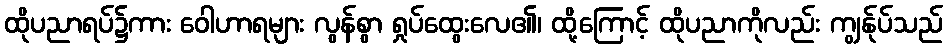
ထိုပညာရပ်၌ကား ဝေါဟာရများ လွန်စွာ ရှုပ်ထွေးလေ၏၊ ထို့ကြောင့် ထိုပညာကိုလည်း ကျွန်ုပ်သည်